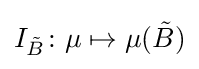
I_{\tilde {B}}\colon \mu \mapsto \mu ({\tilde {B}})